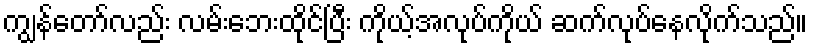
ကျွန်တော်လည်း လမ်းဘေးထိုင်ပြီး ကိုယ့်အလုပ်ကိုယ် ဆက်လုပ်နေလိုက်သည်။